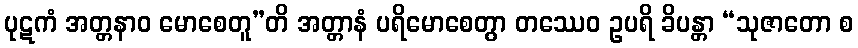
ပုဋကံ အတ္တနာဝ မောစေတူ”တိ အတ္တာနံ ပရိမောစေတွာ တဿေဝ ဥပရိ ခိပန္တာ “သုဇာတော စ